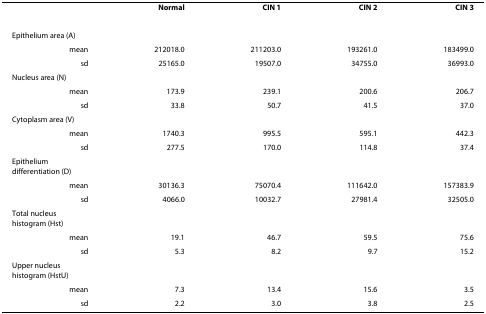
<table><thead><tr><td></td><td><b>Normal</b></td><td><b>CIN 1</b></td><td><b>CIN 2</b></td><td><b>CIN 3</b></td></tr></thead><tbody><tr><td>Epithelium area (A)</td><td></td><td></td><td></td><td></td></tr><tr><td>mean</td><td>212018.0</td><td>211203.0</td><td>193261.0</td><td>183499.0</td></tr><tr><td>sd</td><td>25165.0</td><td>19507.0</td><td>34755.0</td><td>36993.0</td></tr><tr><td>Nucleus area (N)</td><td></td><td></td><td></td><td></td></tr><tr><td>mean</td><td>173.9</td><td>239.1</td><td>200.6</td><td>206.7</td></tr><tr><td>sd</td><td>33.8</td><td>50.7</td><td>41.5</td><td>37.0</td></tr><tr><td>Cytoplasm area (V)</td><td></td><td></td><td></td><td></td></tr><tr><td>mean</td><td>1740.3</td><td>995.5</td><td>595.1</td><td>442.3</td></tr><tr><td>sd</td><td>277.5</td><td>170.0</td><td>114.8</td><td>37.4</td></tr><tr><td>Epithelium differentiation (D)</td><td></td><td></td><td></td><td></td></tr><tr><td>mean</td><td>30136.3</td><td>75070.4</td><td>111642.0</td><td>157383.9</td></tr><tr><td>sd</td><td>4066.0</td><td>10032.7</td><td>27981.4</td><td>32505.0</td></tr><tr><td>Total nucleus histogram (Hst)</td><td></td><td></td><td></td><td></td></tr><tr><td>mean</td><td>19.1</td><td>46.7</td><td>59.5</td><td>75.6</td></tr><tr><td>sd</td><td>5.3</td><td>8.2</td><td>9.7</td><td>15.2</td></tr><tr><td>Upper nucleus histogram (HstU)</td><td></td><td></td><td></td><td></td></tr><tr><td>mean</td><td>7.3</td><td>13.4</td><td>15.6</td><td>3.5</td></tr><tr><td>sd</td><td>2.2</td><td>3.0</td><td>3.8</td><td>2.5</td></tr></tbody></table>